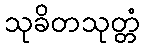
သုခိတသုတ္တံ